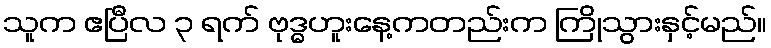
သူက ဧပြီလ ၃ ရက် ဗုဒ္ဓဟူးနေ့ကတည်းက ကြိုသွားနှင့်မည်။